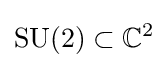
\operatorname {SU} (2)\subset \mathbb {C} ^{2}